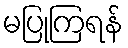
မပြုကြရန်